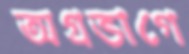
অগ্রভাগে